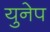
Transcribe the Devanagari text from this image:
युनेप